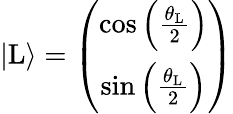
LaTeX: \begin{array}{r}{|\mathrm{L}\rangle=\left(\begin{array}{cc}{\cos\left(\frac{\theta_{\mathrm{L}}}{2}\right)}\\ {\sin\left(\frac{\theta_{\mathrm{L}}}{2}\right)}\end{array}\right)}\end{array}